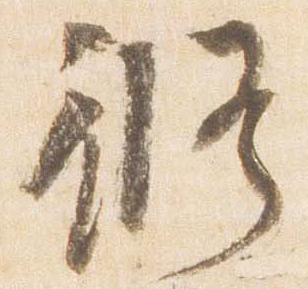
修